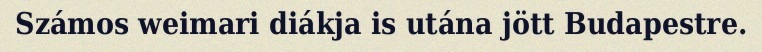
Számos weimari diákja is utána jött Budapestre.